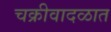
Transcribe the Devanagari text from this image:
चक्रीवादळात